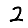
Digit: 2